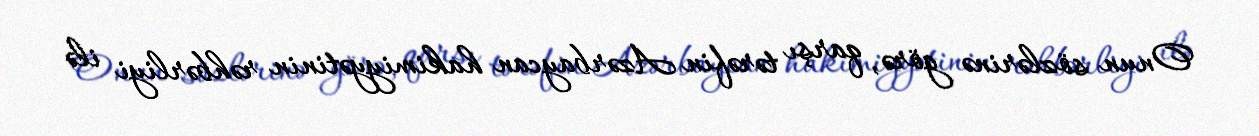
Onun sözlərinə görə, qarşı tərəfin Azərbaycan hakimiyyətinin rəhbərliyi ilə